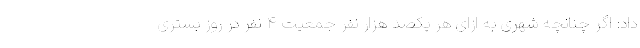
داد: اگر چنانچه شهری به ازای هر یکصد هزار نفر جمعیت ۴ نفر در روز بستری